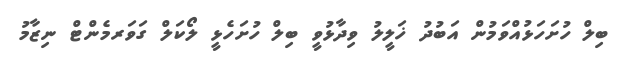
ބިލް ހުށަހަޅުއްވަމުން އަބުދު ޚަލީލު ވިދާޅުވީ ބިލް ހުށަހެޅީ ލޯކަލް ގަވަރމެންޓް ނިޒާމު